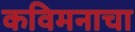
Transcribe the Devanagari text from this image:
कविमनाचा